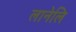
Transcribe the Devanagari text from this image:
लानेलि